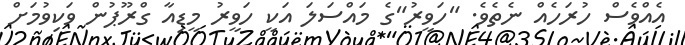
އެއްވެސް ހުރަހެއް ނެތެވެ. "ހަވީރު"ގެ މައްސަލަ އަކީ ހަވީރު މީޑިއާ ގްރޫޕުން ވަކިވުމަށް